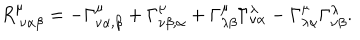
R _ { ~ \nu \alpha \beta } ^ { \mu } = - \Gamma _ { \nu \alpha , \beta } ^ { \mu } + \Gamma _ { \nu \beta , \alpha } ^ { \mu } + \Gamma _ { \lambda \beta } ^ { \mu } \Gamma _ { \nu \alpha } ^ { \lambda } - \Gamma _ { \lambda \alpha } ^ { \mu } \Gamma _ { \nu \beta } ^ { \lambda } .